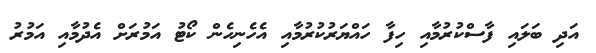
އަދި ބަލައި ފާސްކުރުމާއި ހިފާ ހައްޔަރުކުރުމާއި އެހެނިހެން ކޯޓު އަމުރަށް އެދުމާއި އަމުރު